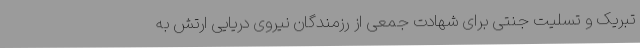
تبریک و تسلیت جنتی برای شهادت جمعی از رزمندگان نیروی دریایی ارتش به